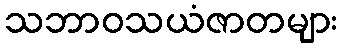
သဘာဝသယံဇာတများ